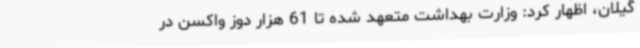
گیلان، اظهار کرد: وزارت بهداشت متعهد شده تا 61 هزار دوز واکسن در